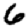
Digit: 6